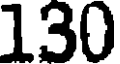
130